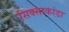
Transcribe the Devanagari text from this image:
सिक्साकांडा